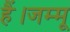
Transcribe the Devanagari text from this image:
हैं।जम्मू